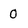
Character: 0